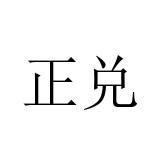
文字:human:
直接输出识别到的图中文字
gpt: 正兑